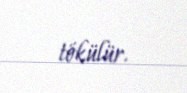
tökülür.